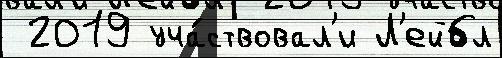
 2019 уча́ствовал'и Л'ейбл